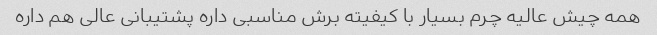
همه چیش عالیه چرم بسیار با کیفیته برش مناسبی داره پشتیبانی عالی هم داره